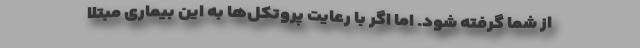
از شما گرفته شود. اما اگر با رعایت پروتکل‌ها به این بیماری مبتلا